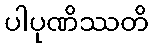
ပါပုဏိဿတိ